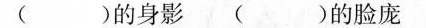
( )的身影( )的脸庞